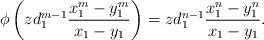
LaTeX: \begin{align*}\phi \left(zd_1^{m-1}\frac{x_1^m-y_1^m}{x_1-y_1}\right)=zd_1^{n-1}\frac{x_1^n-y_1^n}{x_1-y_1}.\end{align*}